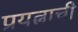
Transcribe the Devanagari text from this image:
प्रयत्नाची